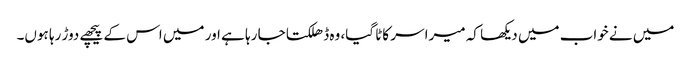
میں نے خواب میں دیکھا کہ میرا سر کاٹا گیا، وہ ڈھلکتا جا رہا ہے اور میں اس کے پیچھے دوڑ رہا ہوں۔